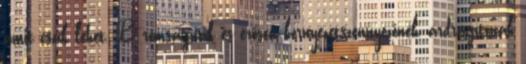
amit csak lehet. B romságnak és erősen környezetszennyezőnek, árdrágítónak